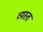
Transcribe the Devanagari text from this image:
व्‍यस्त